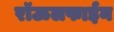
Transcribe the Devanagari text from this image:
रॉऊलफाईन